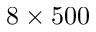
8 \times 5 0 0